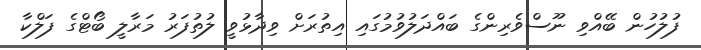
ފުލުހުން ބޭއްވި ނޫސްވެރިންގެ ބައްދަލުވުމުގައި އިތުރަށް ވިދާޅުވީ ލުތުފަރު މަރާލީ ބޯޓްގެ ފަލްކާ